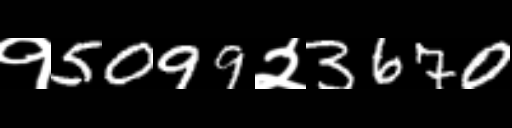
Text: १5099२3670